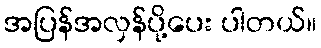
အပြန်အလှန်ပို့ပေး ပါတယ်။